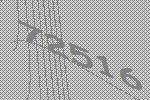
72516